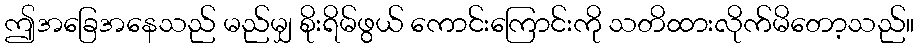
ဤအခြေအနေသည် မည်မျှ စိုးရိမ်ဖွယ် ကောင်းကြောင်းကို သတိထားလိုက်မိတော့သည်။